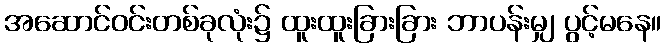
အဆောင်ဝင်းတစ်ခုလုံး၌ ထူးထူးခြားခြား ဘာပန်းမျှ ပွင့်မနေ။